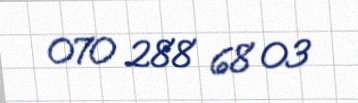
070 288 68 03